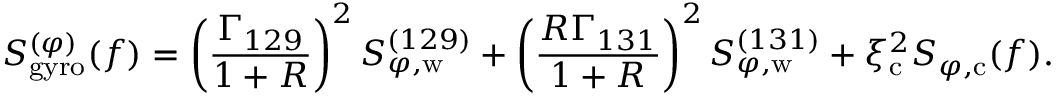
S _ { \mathrm { g y r o } } ^ { ( \varphi ) } ( f ) = \left( \frac { \Gamma _ { 1 2 9 } } { 1 + R } \right) ^ { 2 } S _ { \varphi , \mathrm { w } } ^ { ( 1 2 9 ) } + \left( \frac { R \Gamma _ { 1 3 1 } } { 1 + R } \right) ^ { 2 } S _ { \varphi , \mathrm { w } } ^ { ( 1 3 1 ) } + \xi _ { \mathrm { c } } ^ { 2 } S _ { \varphi , \mathrm { c } } ( f ) .